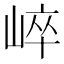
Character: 崪